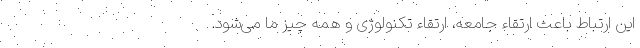
این ارتباط باعث ارتقاء جامعه، ارتقاء تکنولوژی و همه چیز ما می‌شود.